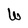
Character: W